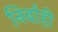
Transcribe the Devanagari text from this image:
निर्बाही